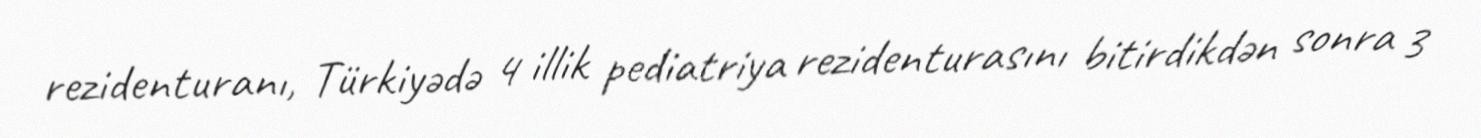
rezidenturanı, Türkiyədə 4 illik pediatriya rezidenturasını bitirdikdən sonra 3